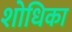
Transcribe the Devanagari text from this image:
शोधिका